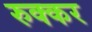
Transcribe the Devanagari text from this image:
रुक्कर